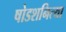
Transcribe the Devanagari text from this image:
षोडशनित्या